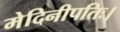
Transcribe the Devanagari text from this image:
मेदिनीपतिः।